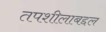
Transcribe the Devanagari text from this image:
तपशीलाबद्दल